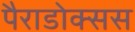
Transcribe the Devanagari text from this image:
पैराडोक्सस